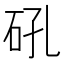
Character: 𮵌